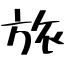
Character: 旅